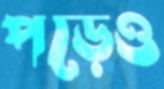
পড়েও